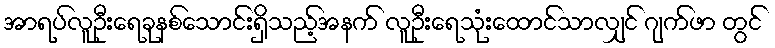
အာရပ်လူဦးရေခုနစ်သောင်းရှိသည့်အနက် လူဦးရေသုံးထောင်သာလျှင် ဂျက်ဖာ တွင်